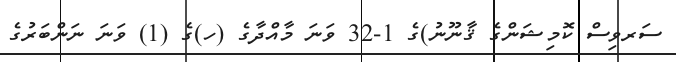
ސަރވިސް ކޮމިޝަންގެ ޤާނޫނު)ގެ 1-32 ވަނަ މާއްދާގެ (ހ)ގެ (1) ވަނަ ނަންބަރުގެ